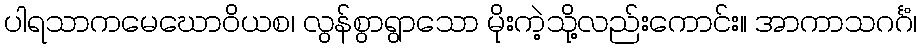
ပါရသာကမေဃောဝိယစ၊ လွန်စွာရွာသော မိုးကဲ့သို့လည်းကောင်း။ အာကာသဂင်္ဂံ၊